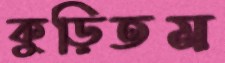
কুড়িতম